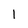
Character: l